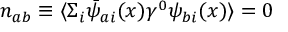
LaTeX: n _ { a b } \equiv \langle \Sigma _ { i } { \bar { \psi } } _ { a i } ( x ) \gamma ^ { 0 } \psi _ { b i } ( x ) \rangle = 0